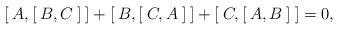
LaTeX: \begin{align*}[\: A,[\: B,C \:]\:]+[\: B,[\: C,A \:]\:]+[\: C,[\: A,B \:]\:]=0,\end{align*}